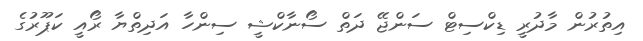
އިތުރުން މާދުރީ ޑިކްސިޓް ސަންޖޭ ދަތް ސޯނާކްޝީ ސިންހާ އަދިތްޔާ ރޯއީ ކަޕޫރުގެ